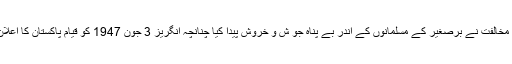
غیر مسلم اخبارات کی شدید مخالفت نے برصغیر کے مسلمانوں کے اندر بے پناہ جو ش و خروش پیدا کیا چنانچہ انگریز 3 جون 1947 کو قیام پاکستان کا اعلان کرنے پر مجبور ہو گئے۔